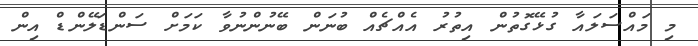
މި މައްސަލައާ ގުޅޭގޮތުން އިތުރު އެއްޗެއް ބުނަން ބޭނުންނުވާ ކަމަށް ސަންޑަލޭންޑް އިން